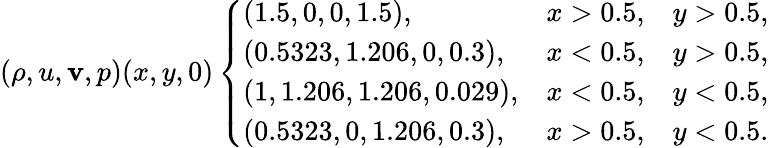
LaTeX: (\rho,u,\mathbf{v},p)(x,y,0)\left\{ \begin{array}{lll}{\left(1.5,0,0,1.5\right),}&{x>0.5,}&{y>0.5,}\\ {\left(0.5323,1.206,0,0.3\right),}&{x<0.5,}&{y>0.5,}\\ {\left(1,1.206,1.206,0.029\right),}&{x<0.5,}&{y<0.5,}\\ {\left(0.5323,0,1.206,0.3\right),}&{x>0.5,}&{y<0.5.}\end{array}\right.